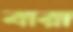
বারা